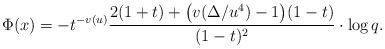
LaTeX: \begin{align*}\Phi(x)=- t^{-v(u)} \frac{2 (1+ t) + \bigl(v(\Delta/u^4)-1\bigr)(1- t)}{(1 - t)^2}\cdot \log q.\end{align*}